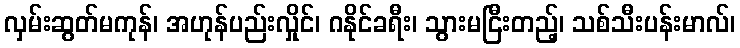
လှမ်းဆွတ်မကုန်၊ အဟုန်ပည်းလှိုင်၊ ဂနိုင်ခရီး၊ သွားမငြီးတည့်၊ သစ်သီးပန်းမာလ်၊